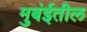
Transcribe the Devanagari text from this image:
मुबंईतील